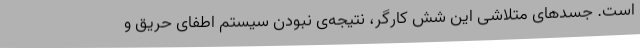
است. جسدهای متلاشی این شش کارگر، نتیجه‌ی نبودن سیستم اطفای حریق و